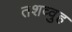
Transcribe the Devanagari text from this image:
तशव्वुह